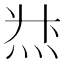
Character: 𱪻